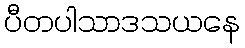
ပီတပါသာဒသယနေ